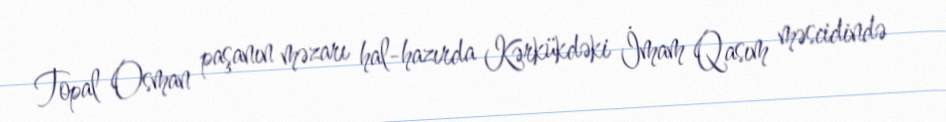
Topal Osman paşanın məzarı hal-hazırda Kərkükdəki İmam Qasım məscidində